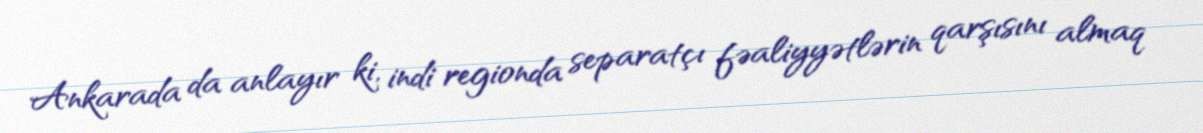
Ankarada da anlayır ki, indi regionda separatçı fəaliyyətlərin qarşısını almaq